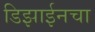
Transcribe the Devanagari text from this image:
डिझाईनचा